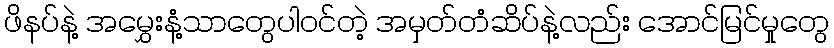
ဖိနပ်နဲ့ အမွှေးနံ့သာတွေပါဝင်တဲ့ အမှတ်တံဆိပ်နဲ့လည်း အောင်မြင်မှုတွေ